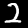
Digit: 2